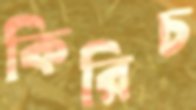
কিরিচ